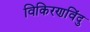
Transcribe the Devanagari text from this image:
विकिरणविंदु